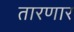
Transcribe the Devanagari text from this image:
तारणार